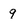
Character: 9